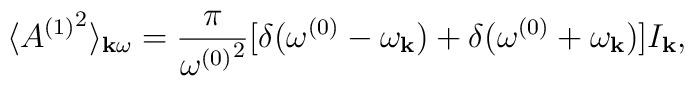
\langle {A^{(1)}}^2\rangle_{{\bf k}\omega}  ={\pi\over{\omega^{(0)}}^2}[\delta(\omega^{(0)}-\omega_{\bf k})+\delta(\omega^{(0)}+\omega_{\bf k})]I_{\bf k},